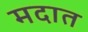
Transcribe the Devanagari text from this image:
मदात